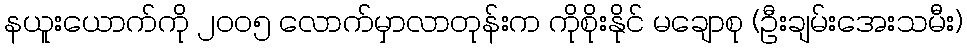
နယူးယောက်ကို ၂၀၀၅ လောက်မှာလာတုန်းက ကိုစိုးနိုင် မချောစု (ဦးချမ်းအေးသမီး)